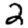
Digit: 2